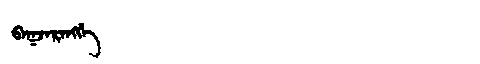
Manchu: ᠪᠠᡴᠵᠠᡵᠠᠩᡤᡝ
Romanization: BAKJARANGGE